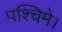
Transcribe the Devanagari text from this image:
पश्चिमे।